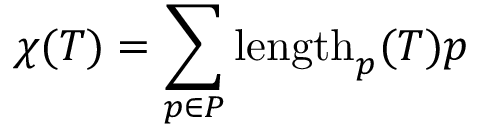
\chi ( T ) = \sum _ { p \in P } \operatorname { l e n g t h } _ { p } ( T ) p